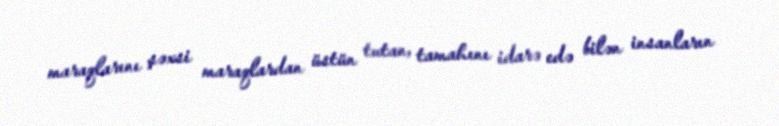
maraqlarını şəxsi maraqlardan üstün tutan, tamahını idarə edə bilən insanların